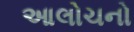
આલોચનો